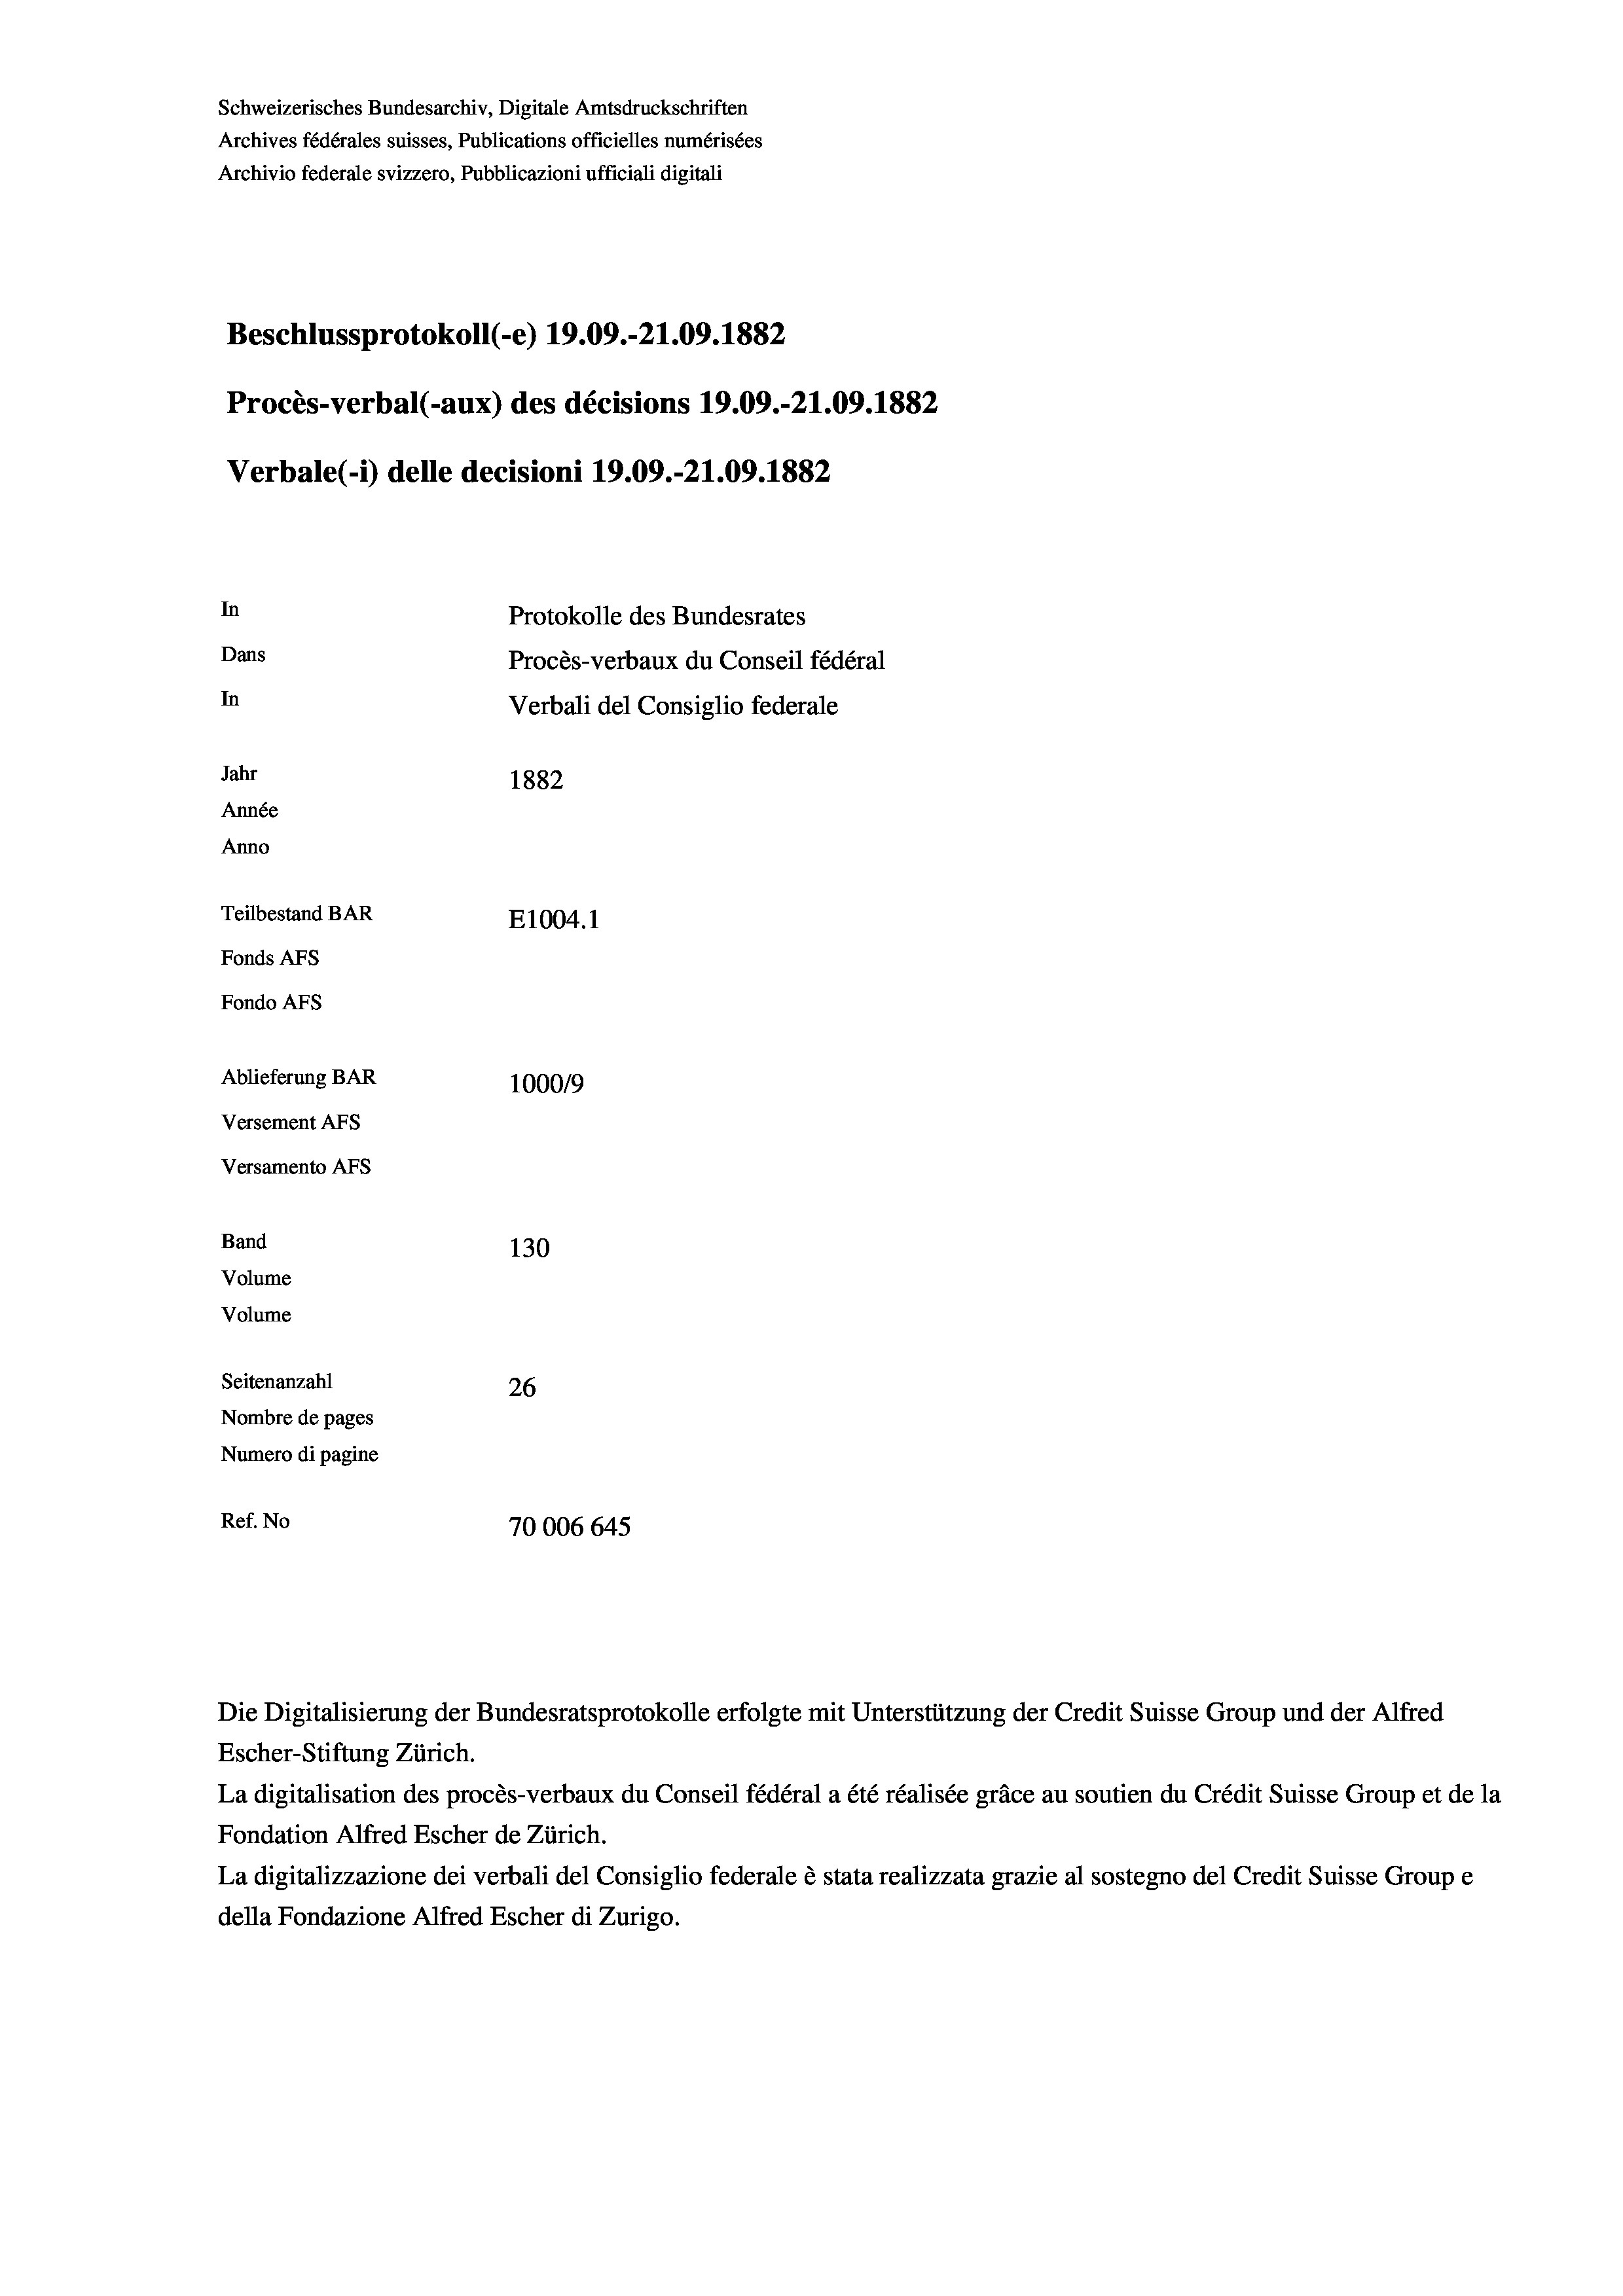
Schweizerisches Bundesarchiv, Digitale Amtsdruckschriften
Archives fédérales suisses, Publications officielles numérisées
Archivio federale svizzero, Pubblicazioni ufficiali digitali
Beschlussprotokoll (-e) 19.09.-21.09. 1882
Procès-verbal (-aux) des décisions 19.09.-21.09. 1882
Verbale(-*) delle decisioni 19.09.-21.09. 1882
In
Protokolle des Bundesrates
Dans
Procès-verbaux du Conseil fédéral
In
Verbali del Consiglio federale
Jahr
1882
Année
Anno
Teilbestand BAR
E1004.1
Fonds AFs
Fondo AFS
Ablieferung BAR
100019
Versement AFs
Versamento Afs
Band
130
Volume
Volume
Seitenanzahl
26
Nombre de pages
Numero di pagine
Ref. No
70006 645

Die Digitalisierung der Bundesratsprotokolle erfolgte mit Unterstützung der Credit Suisse Group und der Alfred
Escher-Stiftung Zürich.
La digitalisation des procès-verbaux du Conseil fédéral a été réalisée gräce au soutien du Crédit Suisse Group et de la
Fondation Alfred Escher de Zürich.
La digitalizzazione dei verbali del Consiglio federale è stata realizzata grazie al sostegno del Credit Suisse Groupe
della Fondazione Alfred Escher di Zurigo.